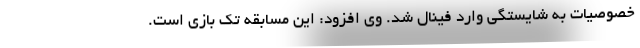
خصوصیات به شایستگی وارد فینال شد. وی افزود: این مسابقه تک بازی است.